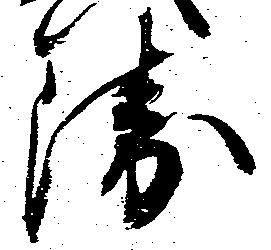
衛